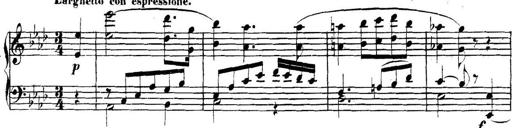
Title: Collected Piano Sonatas
Composer: Muzio Clementi